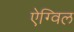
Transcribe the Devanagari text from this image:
ऐग्विल